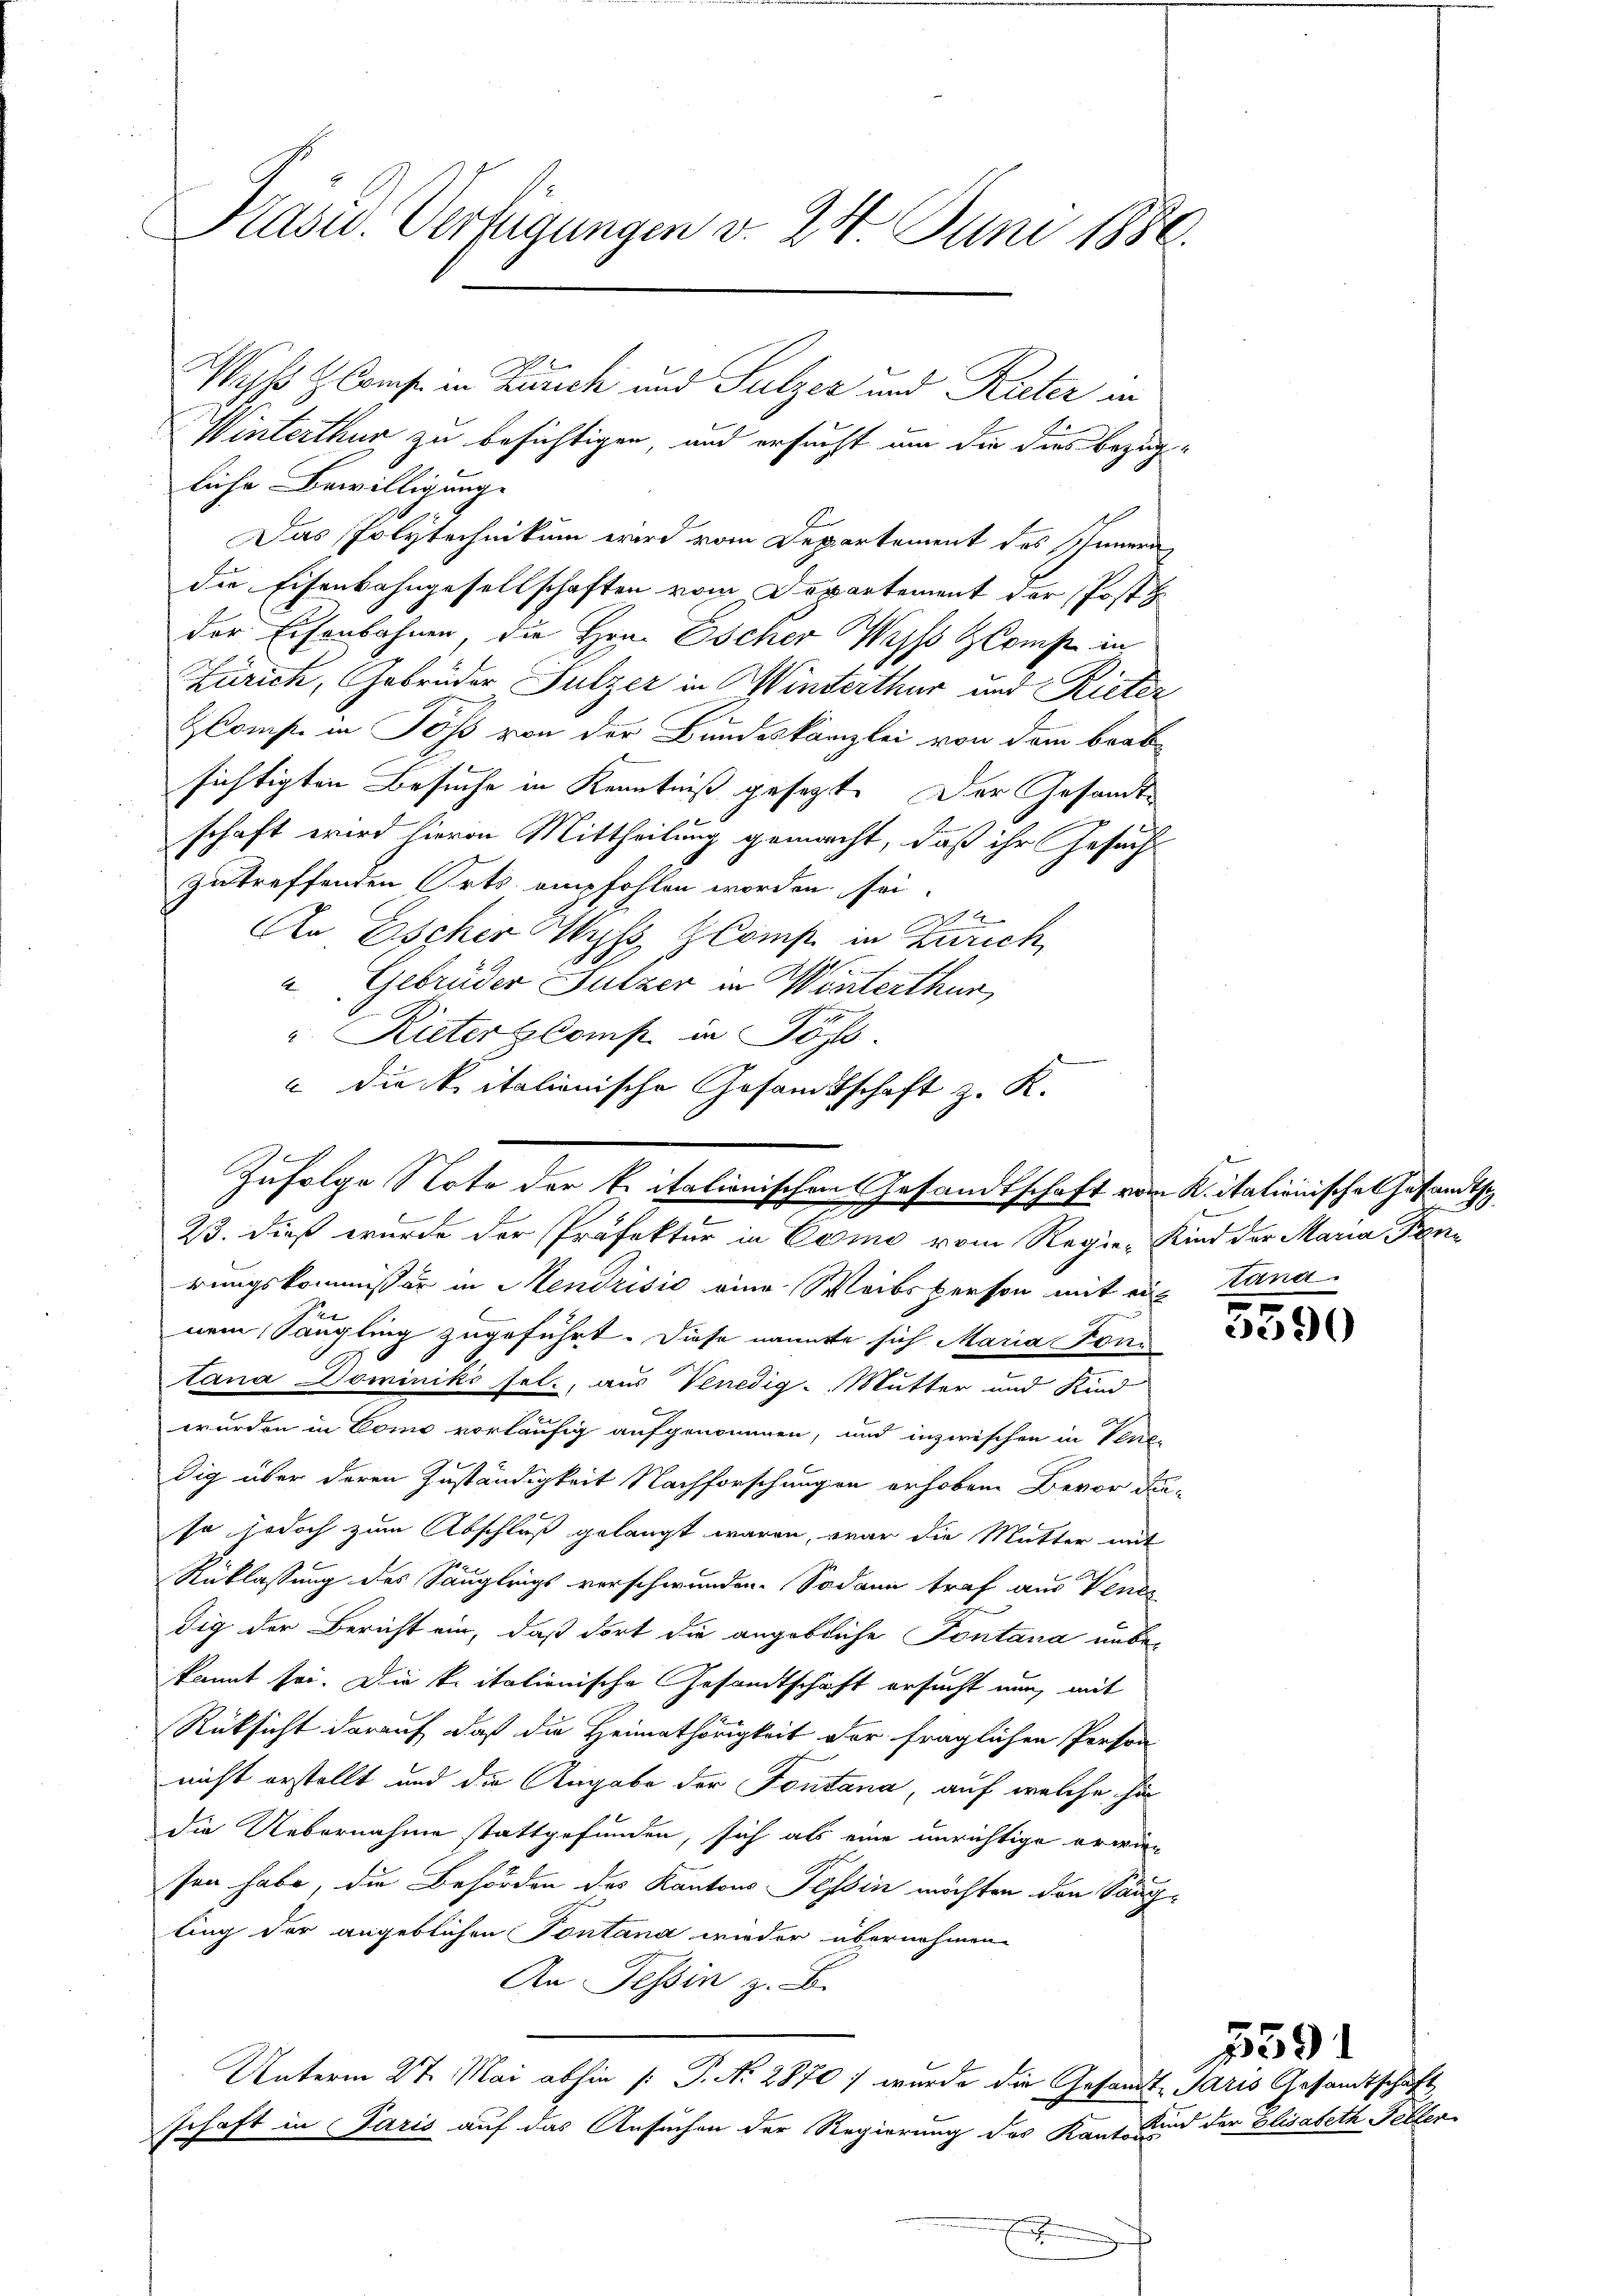
Präsid. Verfügungen v. 24 Juni 1880.
Wyso Kreise in Zusich und Sulzer und Rieter an

Winterthur zu besichtigen, und ersucht um die dies bezügliche Bewilligung.
Das Polytechnikum wird vom Departement des Innern
die Eisenbahngesellschaften vom Departement der Post
der Eisenbahnen, die Hrn. Escher Weiss Konst in
Zürich, Gebrüder Sulzer in Winterthur und Rieter
kompte in Töß von der Bundeskanzlei von dem brab
sichtigten Besuche in Kenntniß gesezt. Der Gesandte
schaft wird hievon Mittheilung gemacht, daß ihr Gesuch
zutreffenden Orts. empfohlen worden sei.
 x
An Escher Wyss Zomp in Zürich
u Gebrüder Sulzer in Winterthur,
". Rieter Comp in Johs.
u die kritalionische Gesamtschaft z. K.
rungskommissär in Mendrisis eine Weibsperson mit ein
nem Sängling zugeführt. Diese nannte sich Maria Foni
tana Dominiks sel., aus Venedig- Mutter und Kind
wurden in Como vorläufig aufgenommen, und inzwischen in Venedig über deren Zuständigkeit Nachforschungen erhoben Bevor die-
so jedoch zum Abschluß gelangt waren, war die Mutter mit
Rüklassung des Sangleigs verschwunden. Sodann traf aus Vener
dig der Bericht ein, daß dort die angebliche Fontana unbekannt sei. Die kritalienische Gesandtschaft ersucht nun, mit
Rüksicht darauf, daß die Heimathörigkeit der fraglichen Person
nicht erstellt und die Angabe der Fontana, auf welche hin
die Uebernahme stattgefunden, sich als eine unrichtige erwiesen habe, die Behörden des Kantons Tessin möchten den Säugling der angeblichen Pontana wieder übernehmen
An Tessin z. B.
Unterm 27. Mai abhin /: P. Nr. 2870 wurde die Gesandt Paris Gesandtschaft
schaft in Paris auf das Ansuchen der Regierung des Kanto Kind der Elisabeth Fellen
.

Zufolge Note der kritationischen Gesandtschaft vom K. italienische Gesandtsch
d
23. dieß wurde der Präfektur in Como vom Regie-Kind der Maria Fun

tana

5590

1591